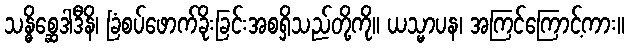
သန္ဓိစ္ဆေဒါဒီနိ၊ ခြံစပ်ဖောက်ခိုးခြင်းအစရှိသည်တို့ကို။ ယသ္မာပန၊ အကြင်ကြောင့်ကား။